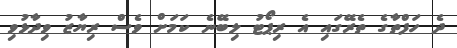
ދެ ހަފްތާގެ ތެރޭގައި އެ ރިޕޯޓު ލިބޭނެ ކަމަށް ވެސް ރިޔާޒު ވިދާޅުވި